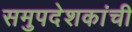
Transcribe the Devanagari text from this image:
समुपदेशकांची